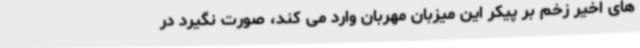
های اخیر زخم بر پیکر این میزبان مهربان وارد می کند، صورت نگیرد در